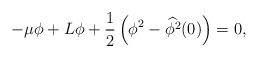
LaTeX: \begin{align*}-\mu \phi + L\phi + \frac{1}{2}\left( \phi^{2}-\widehat{\phi^2}(0)\right)=0,\end{align*}